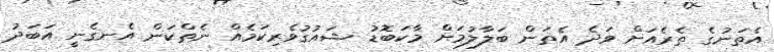
އެތަނުގެ ތެރެއަށް ވަދެ އެތަން ބަލާލުމަށް މާކަބޮޑު ޝައުގުވެރިކަމެއް ނެތްކަން އެނގެނީ އަބަދު